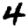
Digit: 4